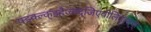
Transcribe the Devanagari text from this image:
फ्झ्क्ल्क्झ्हैज्क्द्जिएवोलिउल्द्फ्